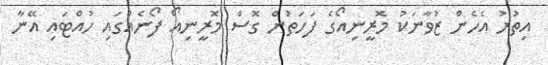
އިތުރު އެހެން ޒުވާނަކު މޮރީނިއޯގެ ފަހަތުން ގޮސް މޮރީނިއޯ ފޯނެއްގައި ހުއްޓައި އޭނާ